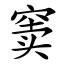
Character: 窦